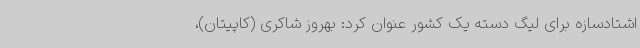
اشتادسازه برای لیگ دسته یک کشور عنوان کرد: بهروز شاکری (کاپیتان)،